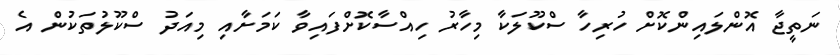
ނަތީޖާ އޮންލައިންކޮށް ހުރިހާ ސްކޫލަކާ މިހާރު ހިއްސާކޮށްފައިވާ ކަމަށާއި މިއަދު ސްކޫލުތަކުން އެ